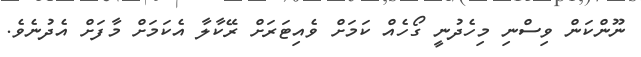
ނޫންކަން ވިސްނި މިހެދުނީ ގޯހެއް ކަމަށް ވެއިޓަރަށް ރޭކާލާ އެކަމަށް މާފަށް އެދުނެވެ.